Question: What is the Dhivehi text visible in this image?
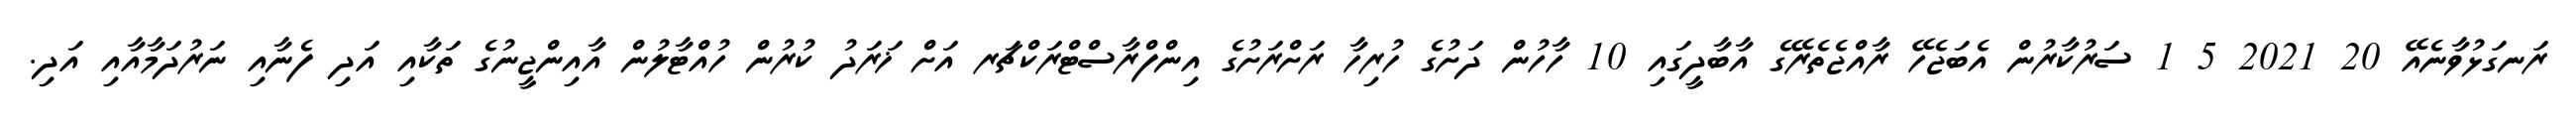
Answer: ރަނގަޅުވާނެއޭ 20 2021 5 1 ސަރުކާރުން އެބަޖެހޭ ރާއްޖެތެރޭގެ އާބާދީގައި 10 ހާހުން ދަށުގެ ހުރިހާ ރަށްރަށުގެ އިންފްރާސްޓްރަކްޗަރ އަށް ޚަރަދު ކުރުން ހުއްޓާލުން އާއިންޖީނުގެ ތަކާއި އަދި ފެނާއި ނަރުދަމާއާއި އަދި.